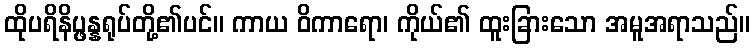
ထိုပရိနိပ္ဖန္နရုပ်တို့၏ပင်။ ကာယ ဝိကာရော၊ ကိုယ်၏ ထူးခြားသော အမူအရာသည်။